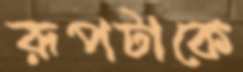
রূপটাকে